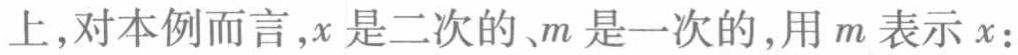
上,对本例而言,\(x\)是二次的、\(m\)是一次的,用\(m\)表示\(x\)：